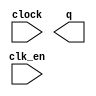
module lpm_counter03764 (
	clk_en,
	clock,
	q);

	input	  clk_en;
	input	  clock;
	output	[19:0]  q;

endmodule